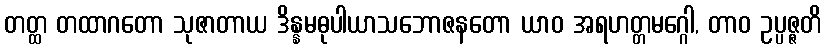
တတ္ထ တထာဂတော သုဇာတာယ ဒိန္နမဓုပါယာသဘောဇနတော ယာဝ အရဟတ္တမဂ္ဂေါ, တာဝ ဥပ္ပဇ္ဇတိ